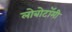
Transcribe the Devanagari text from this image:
लोबोटॉमी